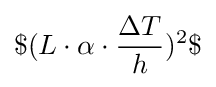
\$(L\cdot \alpha \cdot {\frac {\Delta T}{h}})^{2}\$